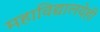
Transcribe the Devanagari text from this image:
महाविद्यालयेही